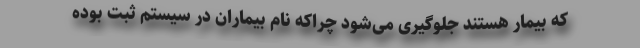
که بیمار هستند جلوگیری می‌شود چراکه نام بیماران در سیستم ثبت بوده